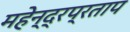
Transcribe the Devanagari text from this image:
महेन्द्रप्रताप